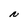
Character: N